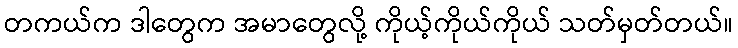
တကယ်က ဒါတွေက အမာတွေလို့ ကိုယ့်ကိုယ်ကိုယ် သတ်မှတ်တယ်။